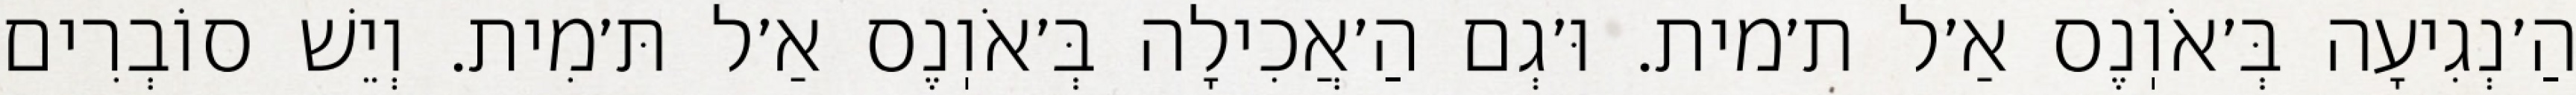
הַ׳נְגִיעָה בְּ׳אֹוֽנֶס אַ׳ל ת׳מית. וּ׳גְם הַ׳אֲכִילָה בְּ׳אֹוֽנֶס אַ׳ל תּ׳מִית. וְיֵשׁ סוֹבְרִים